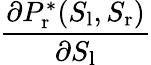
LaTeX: \frac{\partial P_{\mathrm{r}}^{*}(S_{\mathrm{l}},S_{\mathrm{r}})}{\partial S_{\mathrm{l}}}